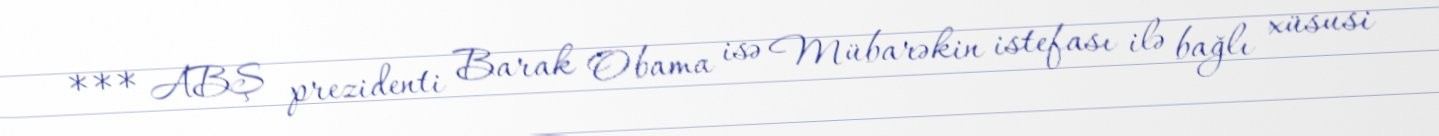
*** ABŞ prezidenti Barak Obama isə Mübarəkin istefası ilə bağlı xüsusi